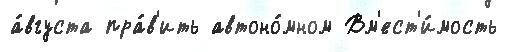
а́вгуста пра́в'ить автоно́мном Вм'ест'и́мость